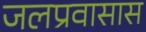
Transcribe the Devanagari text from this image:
जलप्रवासास